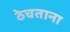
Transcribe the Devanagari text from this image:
ठेचताना